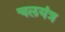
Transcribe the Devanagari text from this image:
चलयंत्र